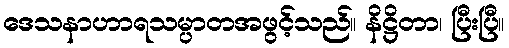
ဒေသနာဟာရသမ္ပာတအဖွင့်သည်။ နိဋ္ဌိတာ၊ ပြီးပြီ။